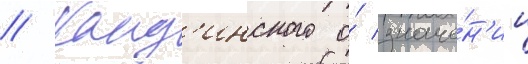
// Канд'инского о́ значе́н'ии